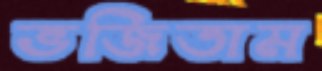
ভজিতাম